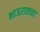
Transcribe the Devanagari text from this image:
भाऊरावच्या